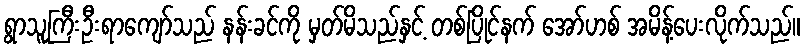
ရွာသူကြီးဦးရာကျော်သည် နန်းခင်ကို မှတ်မိသည်နှင့် တစ်ပြိုင်နက် အော်ဟစ် အမိန့်ပေးလိုက်သည်။